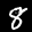
Label: 8